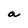
Character: a